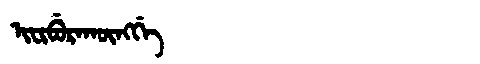
Manchu: ᡳᠸᡳᠪᡠᡵᠠᡴᡡᠩᡤᡝ
Romanization: IFIBURAKŪNGGE